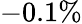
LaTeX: -0.1\%